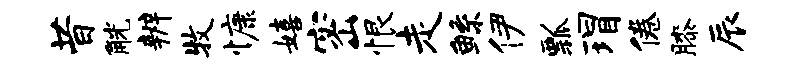
昔觥辨牧慷嬉密恨走鲧伊瓢瑁倦膝辰